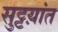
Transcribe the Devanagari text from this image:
सुट्टय़ांत